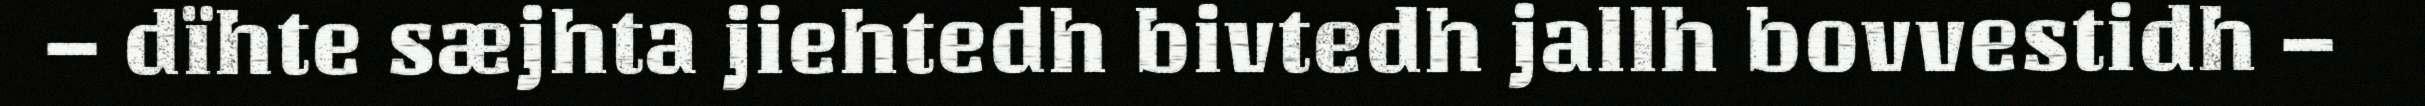
– dïhte sæjhta jiehtedh bivtedh jallh bovvestidh –